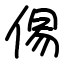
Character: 㑥